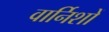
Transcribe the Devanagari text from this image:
वार्निशों